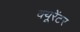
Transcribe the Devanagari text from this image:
क्यूरेंटर